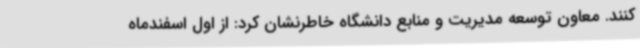
کنند. معاون توسعه مدیریت و منابع دانشگاه خاطرنشان کرد: از اول اسفندماه